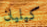
كيليان